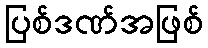
ပြစ်ဒဏ်အဖြစ်